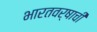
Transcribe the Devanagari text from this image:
भारतवर्षाची